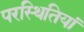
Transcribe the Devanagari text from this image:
परस्थितियां